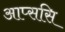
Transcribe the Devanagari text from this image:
आप्ससि